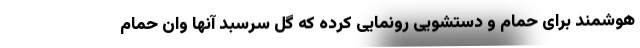
هوشمند برای حمام و دستشویی رونمایی کرده که گل سرسبد آنها وان حمام